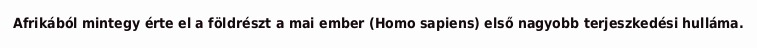
Afrikából mintegy érte el a földrészt a mai ember (Homo sapiens) első nagyobb terjeszkedési hulláma.